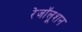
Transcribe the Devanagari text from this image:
रेजॉलूशन